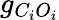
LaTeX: g_{C_{i}O_{i}}